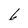
Character: 6